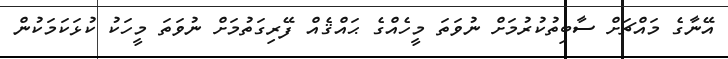
އޭނާގެ މައްޗަށް ސާބިތުކުރުމަށް ނުވަތަ މީހެއްގެ ޙައްޤެއް ފޭރިގަތުމަށް ނުވަތަ މީހަކު ކުޅަކަމަކުން